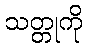
သတ္တုကို